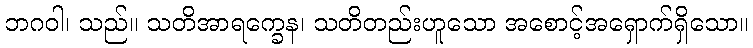
ဘဂဝါ၊ သည်။ သတိအာရက္ခေန၊ သတိတည်းဟူသော အစောင့်အရှောက်ရှိသော။